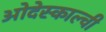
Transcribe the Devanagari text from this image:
ओदेस्काल्ची